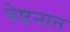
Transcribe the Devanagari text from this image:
वेष्टनात